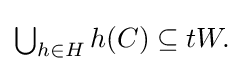
{\textstyle \bigcup _{h\in H}h(C)\subseteq tW.}